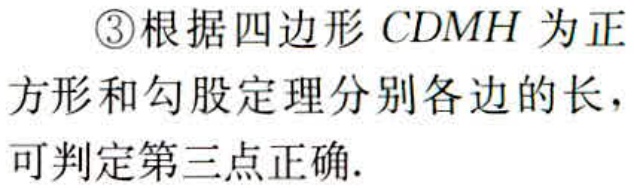
\textcircled{3}根据四边形\(CDMH\)为正\\方形和勾股定理分别各边的长，\\可判定第三点正确.